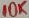
Text: 10K